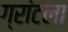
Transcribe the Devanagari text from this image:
ग्रांटला